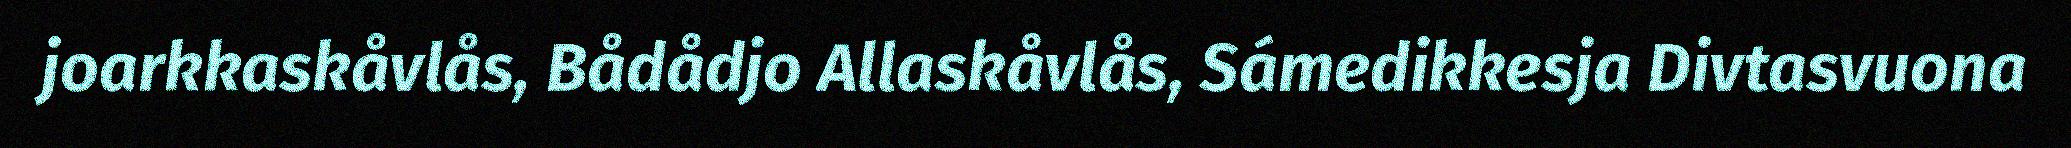
joarkkaskåvlås, Bådådjo Allaskåvlås, Sámedikkesja Divtasvuona